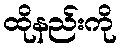
ထိုနည်းကို